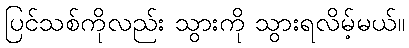
ပြင်သစ်ကိုလည်း သွားကို သွားရလိမ့်မယ်။